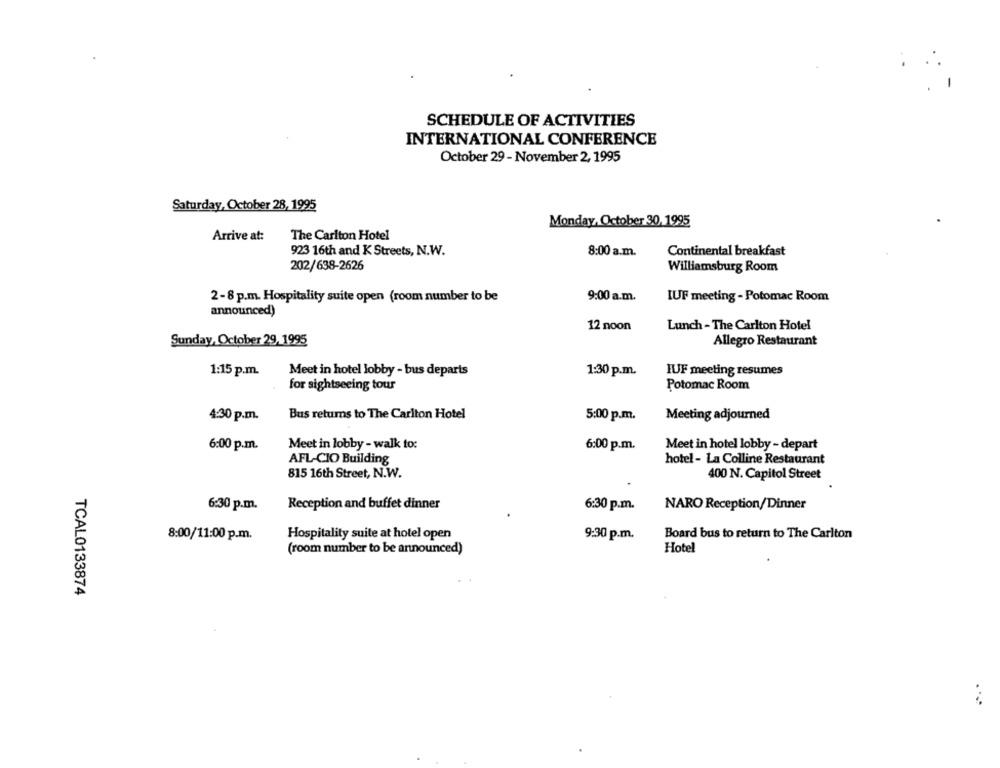
SCHEDULE OF ACTIVITIES
INTERNATIONAL CONFERENCE
October 29 - November 2, 1995
Saturday, October 28, 1995
Monday, October 30, 1995
Arrive at:
The Carlton Hotel
923 16th and K Streets, N.W.
8:00 a.m.
Continental breakfast
202/638-2626
Williamsburg Room
2-8 p.m. Hospitality suite open (room number to be
9:00 a.m.
IUF meeting - Potomac Room
announced)
12 noon
Lunch -The Carlton Hotel
Sunday, October 29, 1995
Allegro Restaurant
1:15 p.m.
Meet in hotel lobby - bus deparis
1:30 p.m.
IUF meeting resumes
Potomac Room
for sightseeing tour
Bus returns to The Carlton Hotel
Meeting adjourned
4:30 p.m.
5:00 p.m.
6:00 p.m.
Meet in lobby - walk to:
6:00 p.m.
Meet in hotel lobby - depart
AFL-CIO Building
hotel - La Colline Restaurant
815 16th Street, N.W.
400 N. Capitol Street
6:30 p.m.
Reception and buffet dinner
6:30 p.m.
NARO Reception/Dinner
8:00/11:00 p.m.
Hospitality suite at hotel open
9:30 p.m.
Board bus to return to The Carlton
(room number to be announced)
Hotel
TCAL0133874